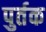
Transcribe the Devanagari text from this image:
पुर्तक